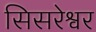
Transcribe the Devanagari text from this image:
सिसरेश्वर